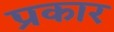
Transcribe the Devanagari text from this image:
प्रकार